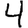
Digit: 4